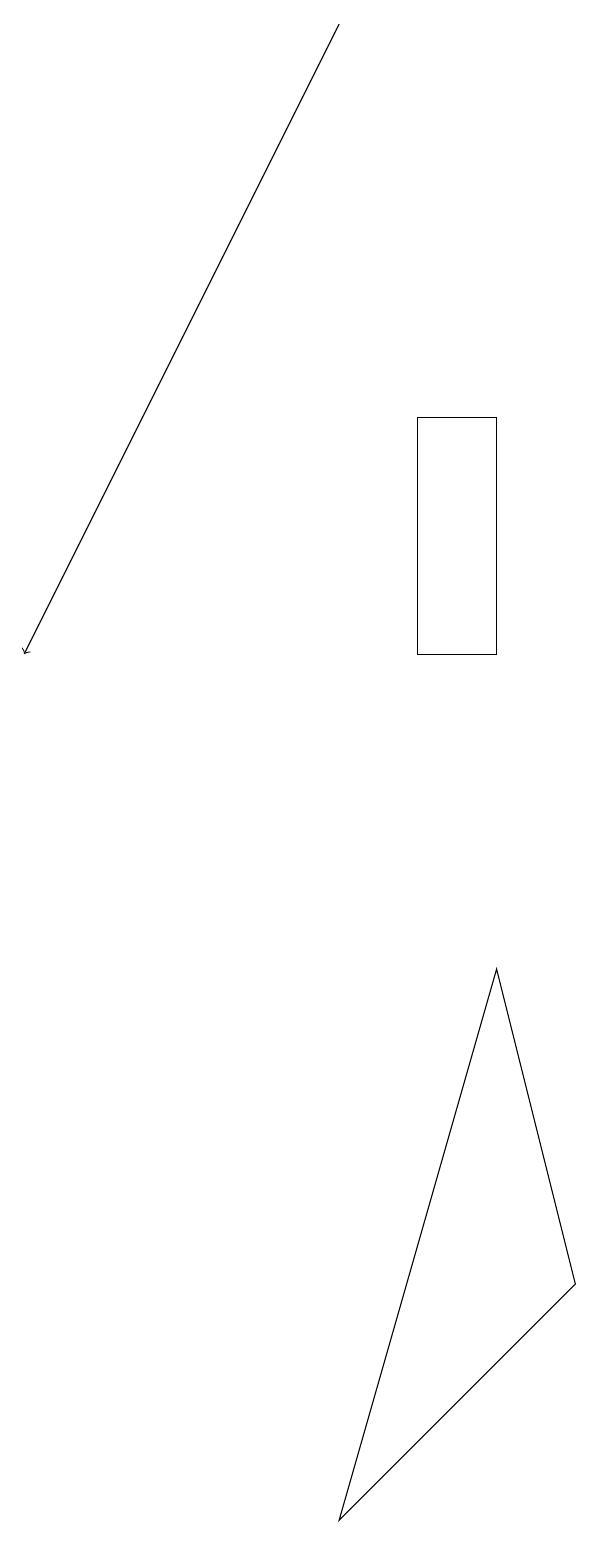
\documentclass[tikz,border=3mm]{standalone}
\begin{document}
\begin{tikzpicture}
\draw (6,11) rectangle (5,14);
\draw (4,0) -- (7,3) -- (6,7) -- cycle;
\draw[->] (4,19) -- (0,11);
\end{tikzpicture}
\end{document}